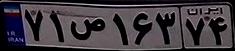
۷۱ص۱۶۳۷۴